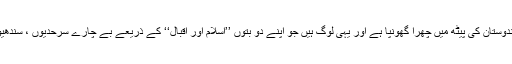
یہی پنجاب ہے جس نے ہمیشہ ہندوستان کی پیٹھ میں چھرا گھونپا ہے اور یہی لوگ ہیں جو اپنے دو بتوں ’’اسلام اور اقبال‘‘ کے ذریعے بے چارے سرحدیوں ، سندھیوں اور بلوچیوں کا استحصال کیا۔